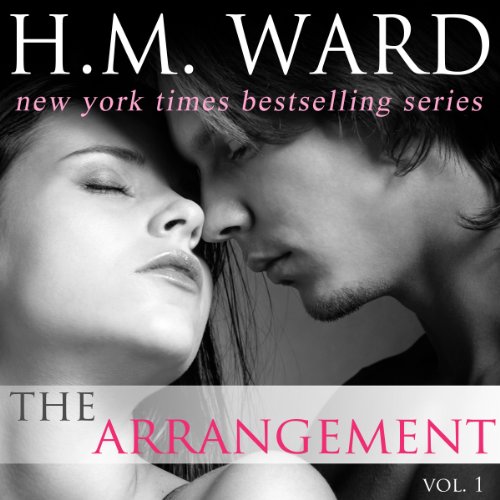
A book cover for The Arrangement, Volume 1; H.M. Ward; Romance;